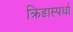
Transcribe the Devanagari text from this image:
क्रिडास्पर्धा